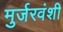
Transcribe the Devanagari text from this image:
मुर्जरवंशी